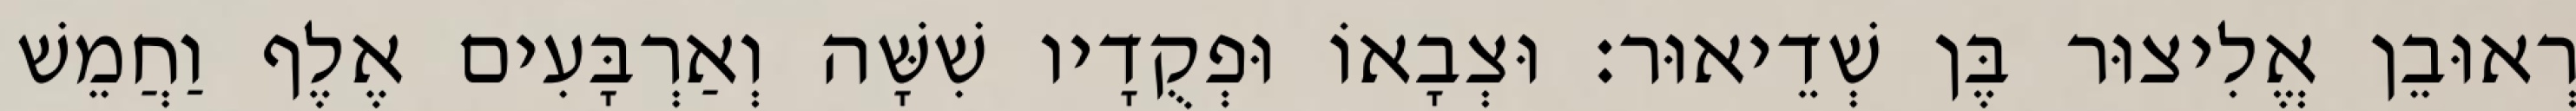
רְאוּבֵן אֱלִיצוּר בֶּן שְׁדֵיאוּר׃ וּצְבָאוֹ וּפְקֻדָיו שִׁשָּׁה וְאַרְבָּעִים אֶלֶף וַחֲמֵשׁ